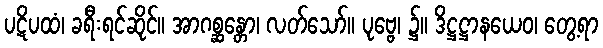
ပဋိပထံ၊ ခရီးရင်ဆိုင်။ အာဂစ္ဆန္တော၊ လတ်သော်။ ပုဗ္ဗေ၊ ၌။ ဒိဋ္ဌဋ္ဌာနယေဝ၊ တွေ့ရာ